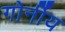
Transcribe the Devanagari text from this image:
गोर्नीय